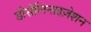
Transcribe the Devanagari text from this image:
डीसेलिनाइज़ेशन